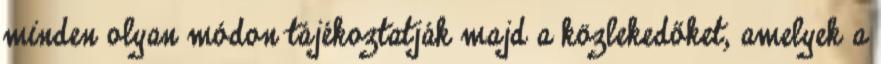
minden olyan módon tájékoztatják majd a közlekedőket, amelyek a